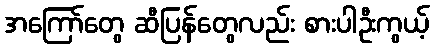
အကြော်တွေ ဆီပြန်တွေလည်း စားပါဦးကွယ့်